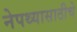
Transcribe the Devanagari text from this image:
नेपथ्यासाठीचे